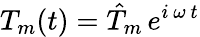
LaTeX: T_{m}(t)=\hat{T}_{m}\, e^{i\, \omega\, t}